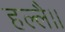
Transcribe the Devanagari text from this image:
हल्लै।।